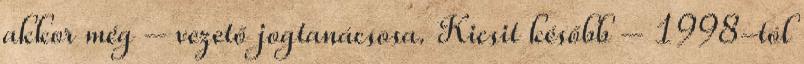
akkor még – vezető jogtaná­cso­­sa. Kicsit később – 1998-tól